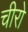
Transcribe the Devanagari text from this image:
चीरो